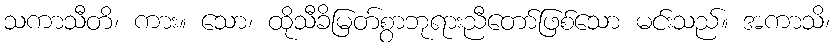
သကာသီတိ၊ ကား။ သော၊ ထိုသီခိမြတ်စွာဘုရားညီတော်ဖြစ်သော မင်းသည်။ အကာသိ၊